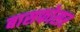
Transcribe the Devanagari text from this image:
बासफोसर